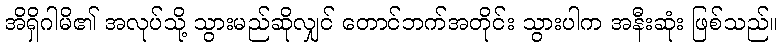
အိရှိဂါမိ၏ အလုပ်သို့ သွားမည်ဆိုလျှင် တောင်ဘက်အတိုင်း သွားပါက အနီးဆုံး ဖြစ်သည်။